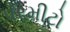
પરમીટો